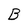
Character: B